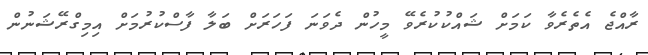
ރާއްޖެ އެތެރެވާ ކަމަށް ޝައްކުކުރެވޭ މީހުން ދެވަނަ ފަހަރަށް ބަލާ ފާސްކުރުމަށް އިމިގްރޭޝަނުން